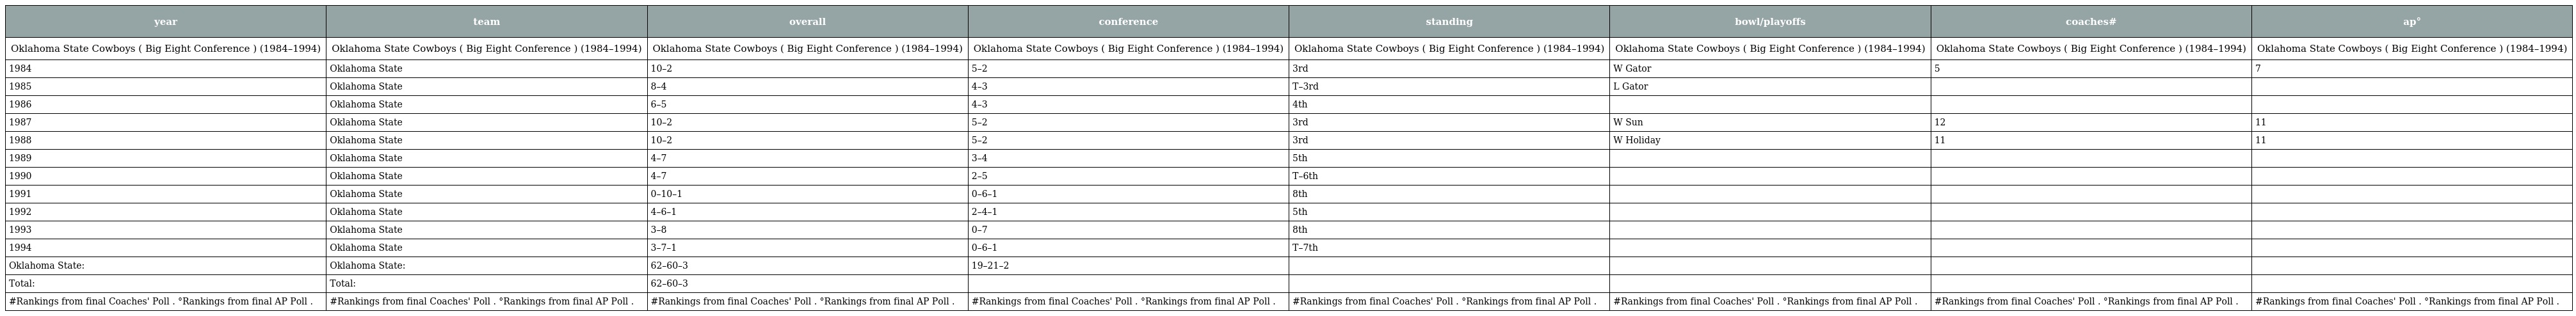
| year | team | overall | conference | standing | bowl/playoffs | coaches# | ap° |
 | --- | --- | --- | --- | --- | --- | --- | --- |
 | Oklahoma State Cowboys ( Big Eight Conference ) (1984–1994) | Oklahoma State Cowboys ( Big Eight Conference ) (1984–1994) | Oklahoma State Cowboys ( Big Eight Conference ) (1984–1994) | Oklahoma State Cowboys ( Big Eight Conference ) (1984–1994) | Oklahoma State Cowboys ( Big Eight Conference ) (1984–1994) | Oklahoma State Cowboys ( Big Eight Conference ) (1984–1994) | Oklahoma State Cowboys ( Big Eight Conference ) (1984–1994) | Oklahoma State Cowboys ( Big Eight Conference ) (1984–1994) |
 | 1984 | Oklahoma State | 10–2 | 5–2 | 3rd | W Gator | 5 | 7 |
 | 1985 | Oklahoma State | 8–4 | 4–3 | T–3rd | L Gator |  |  |
 | 1986 | Oklahoma State | 6–5 | 4–3 | 4th |  |  |  |
 | 1987 | Oklahoma State | 10–2 | 5–2 | 3rd | W Sun | 12 | 11 |
 | 1988 | Oklahoma State | 10–2 | 5–2 | 3rd | W Holiday | 11 | 11 |
 | 1989 | Oklahoma State | 4–7 | 3–4 | 5th |  |  |  |
 | 1990 | Oklahoma State | 4–7 | 2–5 | T–6th |  |  |  |
 | 1991 | Oklahoma State | 0–10–1 | 0–6–1 | 8th |  |  |  |
 | 1992 | Oklahoma State | 4–6–1 | 2–4–1 | 5th |  |  |  |
 | 1993 | Oklahoma State | 3–8 | 0–7 | 8th |  |  |  |
 | 1994 | Oklahoma State | 3–7–1 | 0–6–1 | T–7th |  |  |  |
 | Oklahoma State: | Oklahoma State: | 62–60–3 | 19–21–2 |  |  |  |  |
 | Total: | Total: | 62–60–3 |  |  |  |  |  |
 | #Rankings from final Coaches' Poll . °Rankings from final AP Poll . | #Rankings from final Coaches' Poll . °Rankings from final AP Poll . | #Rankings from final Coaches' Poll . °Rankings from final AP Poll . | #Rankings from final Coaches' Poll . °Rankings from final AP Poll . | #Rankings from final Coaches' Poll . °Rankings from final AP Poll . | #Rankings from final Coaches' Poll . °Rankings from final AP Poll . | #Rankings from final Coaches' Poll . °Rankings from final AP Poll . | #Rankings from final Coaches' Poll . °Rankings from final AP Poll . |